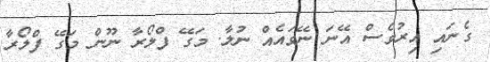
ގެނައި އިރުވެސް އޭނަ ނޭވައެއް ނުލާ. މަގޭ ފްލޯރާ ނޫން މަގޭ ފްލޯރާ